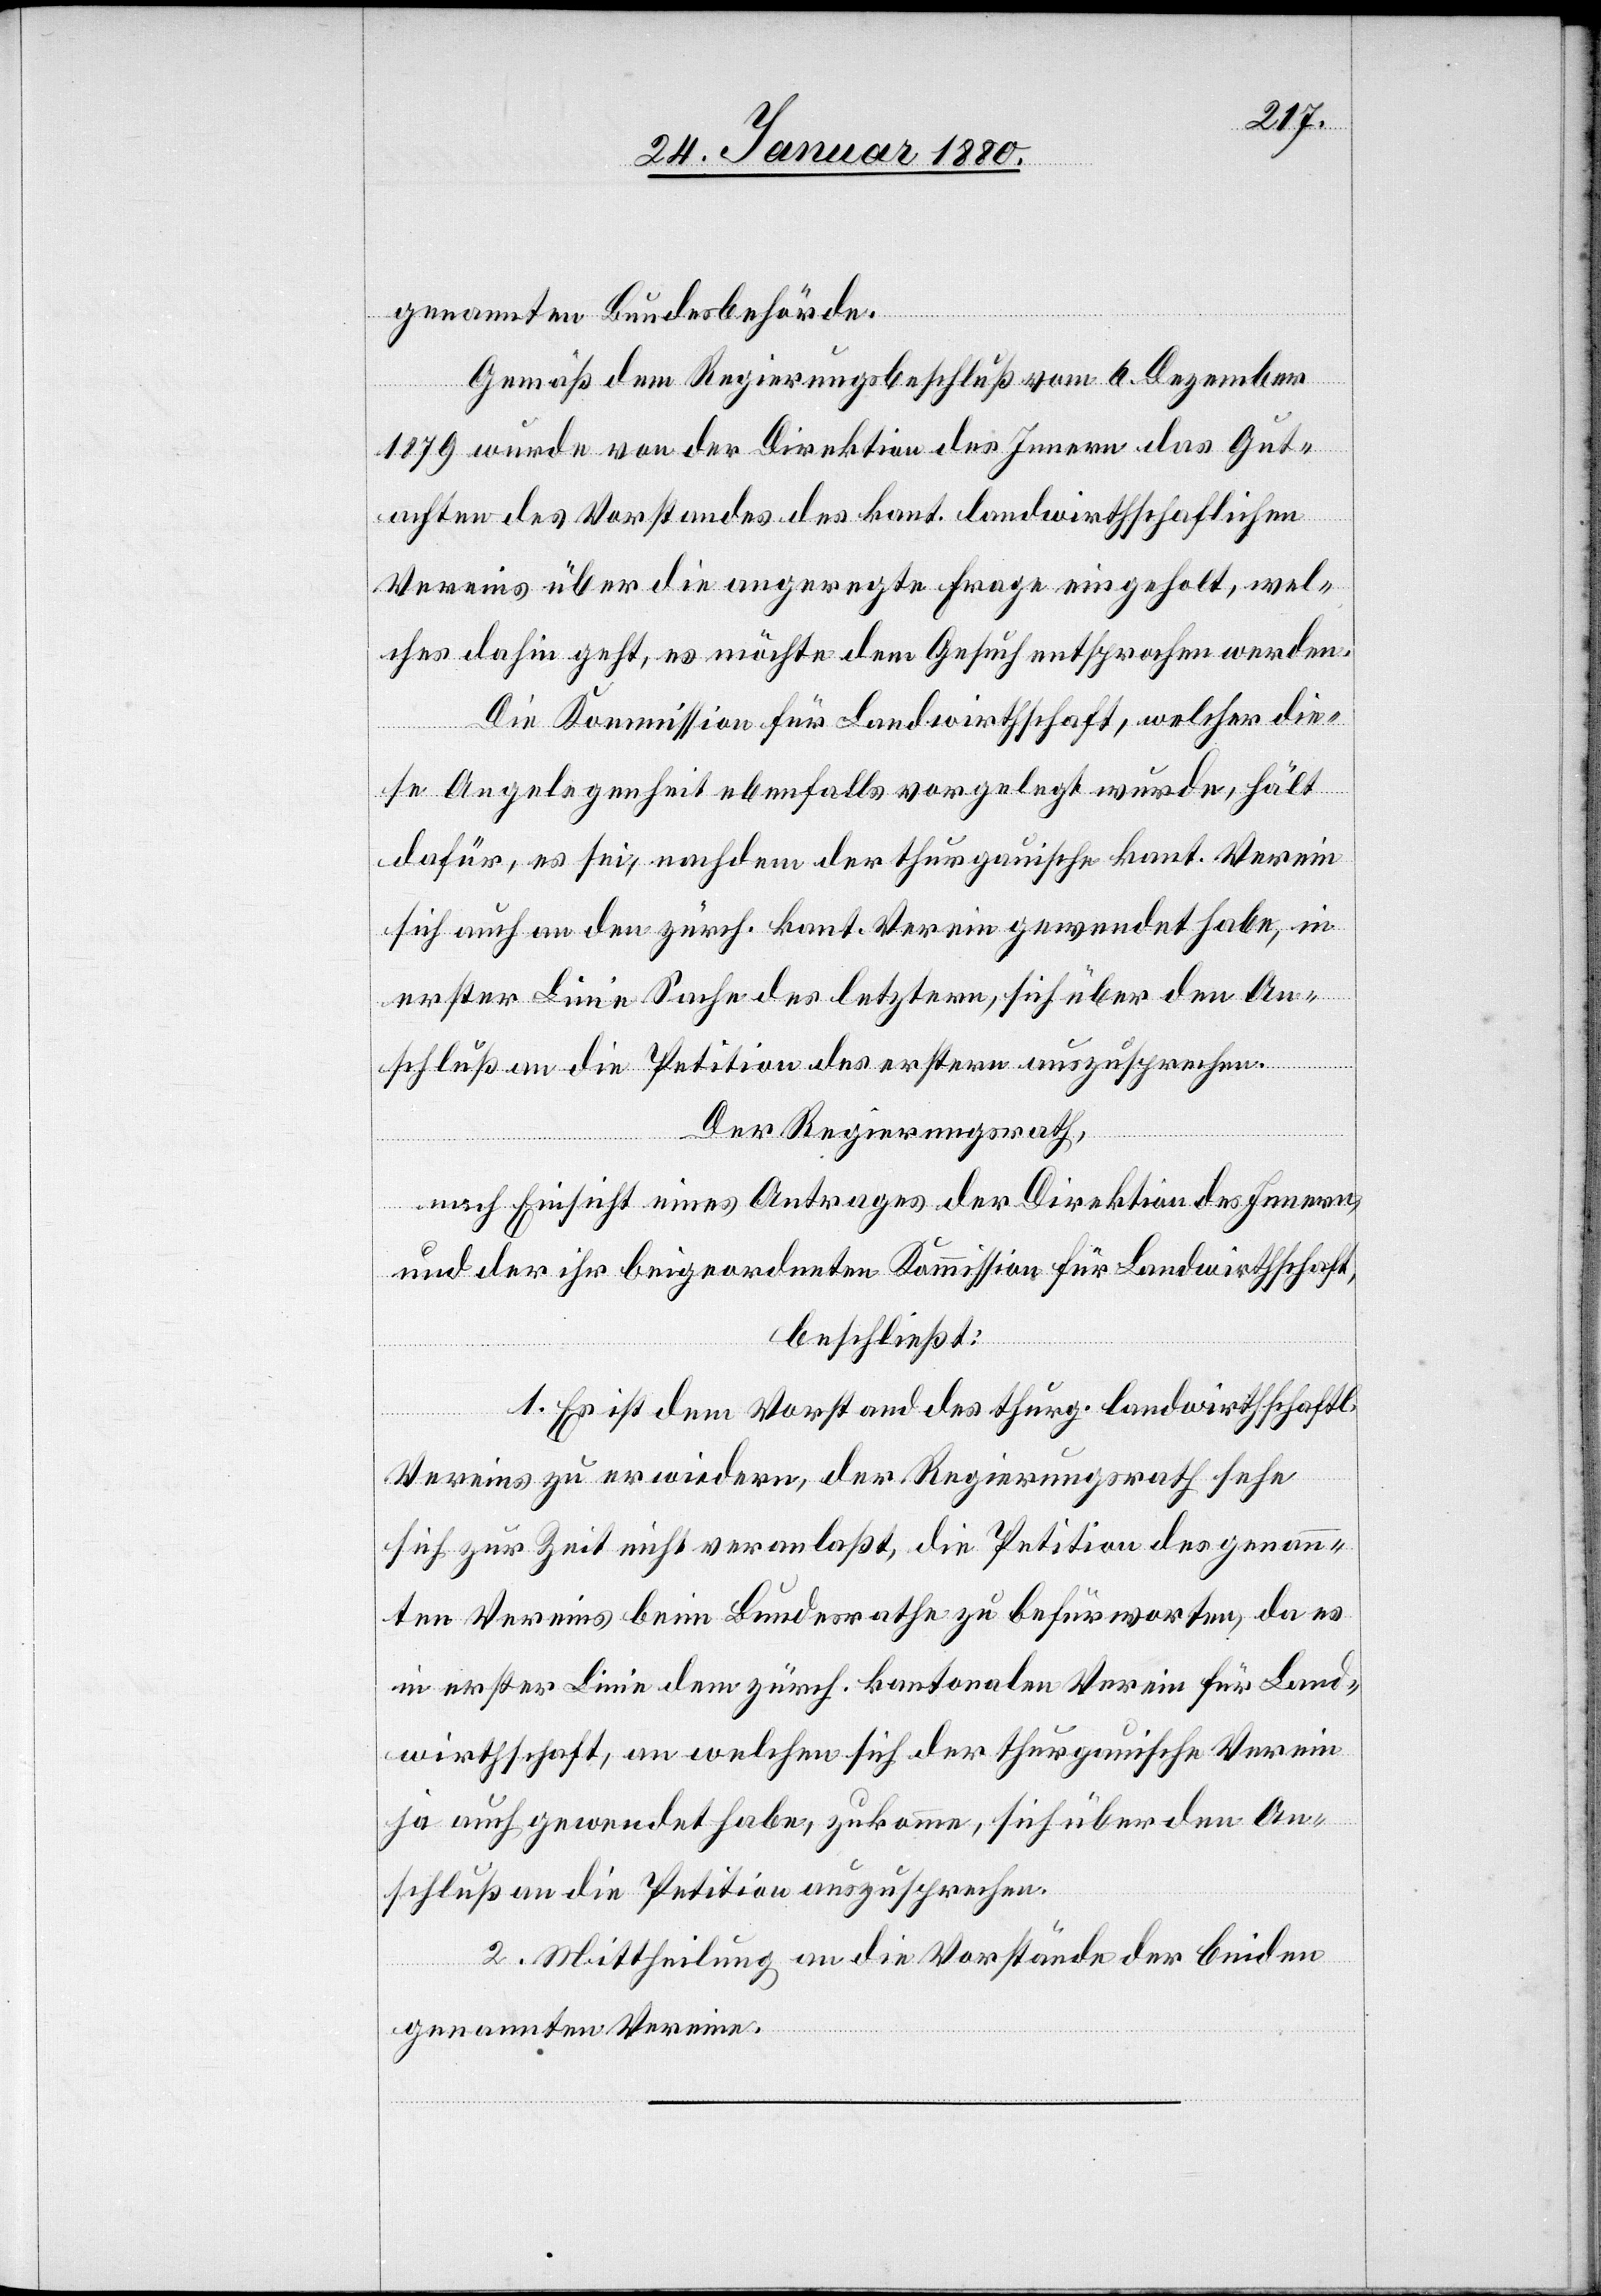
genannten Bundesbehörde.
Gemäß dem Regierungsbeschluß vom 6. Dezember
1879 wurde von der Direktion des Innern das Gut¬
achten des Vorstandes des kant. landwirthschaftlichen
Vereins über die angeregte Frage eingeholt, wel¬
ches dahin geht, es möchte dem Gesuch entsprochen werden.
Die Kommission für Landwirthschaft, welcher die¬
se Angelegenheit ebenfalls vorgelegt wurde, hält
dafür, es sei, nachdem der thurgauische kant. Verein
sich auch an den zürch. kant. Verein gewendet habe, in
erster Linie Sache des letztern, sich über den An¬
schluß an die Petition des erstern auszusprechen.
Der Regierungsrath,
nach Einsicht eines Antrages der Direktion des Innern,
und der ihr beigeordneten Kommission für Landwirthschaft,
beschließt:
1. Es ist dem Vorstand des thurg. landwirthschaftl.
Vereins zu erwiedern, der Regierungsrath sehe
sich zur Zeit nicht veranlaßt, die Petition des genann¬
ten Vereins beim Bundesrathe zu befürworten, da es
in erster Linie dem zürch. kantonalen Verein für Land¬
wirthschaft, an welchen sich der thurgauische Verein
ja auch gewendet habe, zukomme, sich über den An¬
schluß an die Petition auszusprechen.
2. Mittheilung an die Vorstände der beiden
genannten Vereine.